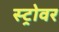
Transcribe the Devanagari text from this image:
स्ट्रोवर